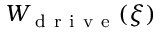
W _ { \mathrm { ~ d ~ r ~ i ~ v ~ e ~ } } ( \xi )